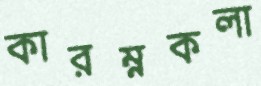
কারম্নকলা